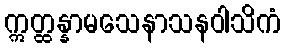
ဣတ္ထန္နာမသေနာသနဝါသိကံ